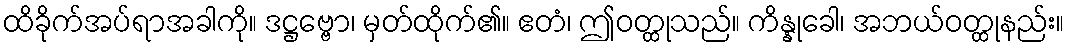
ထိခိုက်အပ်ရာအခါကို။ ဒဋ္ဌဗ္ဗော၊ မှတ်ထိုက်၏။ ဧတံ၊ ဤဝတ္ထုသည်။ ကိန္နုခေါ၊ အဘယ်ဝတ္ထုနည်း။